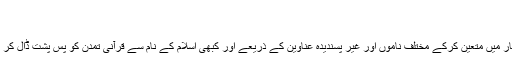
منگل, اگست 26, 2014 09:54
شہر رمضان المبارک
استعمار اپنے دم چهلوں کو ممالک اسلامی کے گوشہ و کنار میں متعین کرکے مختلف ناموں اور غیر پسندیدہ عناوین کے ذریعے اور کبهی اسلام کے نام سے قرآنی تمدن کو پس پشت ڈال کر اپنے فوائد و منافع کے حصول کی راہیں ہموار کررہا ہے۔